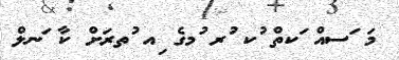
މަ ަސއް ަކތް ުކ ުރ ުމގެ ިއ ުތރަށް ކާ ަނލް